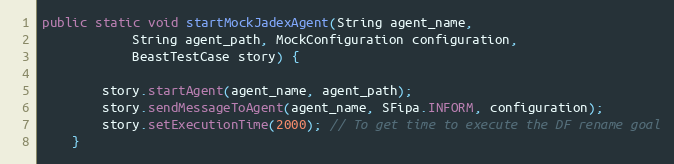
Language: Java
public static void startMockJadexAgent(String agent_name,
            String agent_path, MockConfiguration configuration,
            BeastTestCase story) {

        story.startAgent(agent_name, agent_path);
        story.sendMessageToAgent(agent_name, SFipa.INFORM, configuration);
        story.setExecutionTime(2000); // To get time to execute the DF rename goal
    }